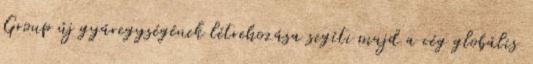
Group új gyáregységének létrehozása segíti majd a cég globális